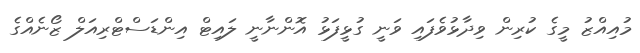
މުއިއްޒު މީގެ ކުރިން ވިދާޅުވެފައި ވަނީ ގުޅީފަޅު އޮންނާނީ ލައިޓް އިންޑަސްޓްރިއަލް ޒޯނެއްގެ